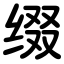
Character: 缀